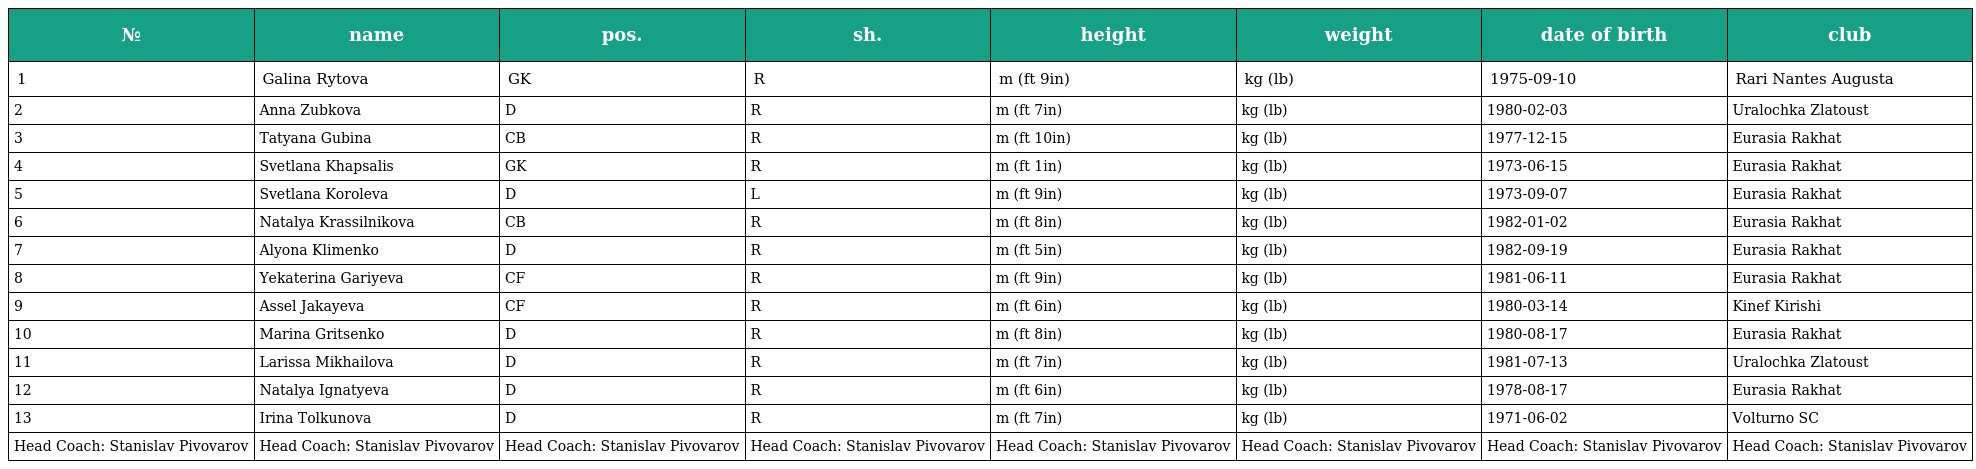
| № | name | pos. | sh. | height | weight | date of birth | club |
 | --- | --- | --- | --- | --- | --- | --- | --- |
 | 1 | Galina Rytova | GK | R | m (ft 9in) | kg (lb) | 1975-09-10 | Rari Nantes Augusta |
 | 2 | Anna Zubkova | D | R | m (ft 7in) | kg (lb) | 1980-02-03 | Uralochka Zlatoust |
 | 3 | Tatyana Gubina | CB | R | m (ft 10in) | kg (lb) | 1977-12-15 | Eurasia Rakhat |
 | 4 | Svetlana Khapsalis | GK | R | m (ft 1in) | kg (lb) | 1973-06-15 | Eurasia Rakhat |
 | 5 | Svetlana Koroleva | D | L | m (ft 9in) | kg (lb) | 1973-09-07 | Eurasia Rakhat |
 | 6 | Natalya Krassilnikova | CB | R | m (ft 8in) | kg (lb) | 1982-01-02 | Eurasia Rakhat |
 | 7 | Alyona Klimenko | D | R | m (ft 5in) | kg (lb) | 1982-09-19 | Eurasia Rakhat |
 | 8 | Yekaterina Gariyeva | CF | R | m (ft 9in) | kg (lb) | 1981-06-11 | Eurasia Rakhat |
 | 9 | Assel Jakayeva | CF | R | m (ft 6in) | kg (lb) | 1980-03-14 | Kinef Kirishi |
 | 10 | Marina Gritsenko | D | R | m (ft 8in) | kg (lb) | 1980-08-17 | Eurasia Rakhat |
 | 11 | Larissa Mikhailova | D | R | m (ft 7in) | kg (lb) | 1981-07-13 | Uralochka Zlatoust |
 | 12 | Natalya Ignatyeva | D | R | m (ft 6in) | kg (lb) | 1978-08-17 | Eurasia Rakhat |
 | 13 | Irina Tolkunova | D | R | m (ft 7in) | kg (lb) | 1971-06-02 | Volturno SC |
 | Head Coach: Stanislav Pivovarov | Head Coach: Stanislav Pivovarov | Head Coach: Stanislav Pivovarov | Head Coach: Stanislav Pivovarov | Head Coach: Stanislav Pivovarov | Head Coach: Stanislav Pivovarov | Head Coach: Stanislav Pivovarov | Head Coach: Stanislav Pivovarov |